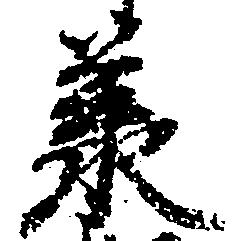
承